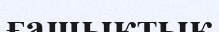
ғашықтық